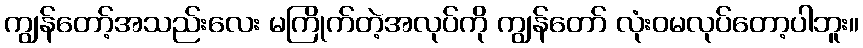
ကျွန်တော့်အသည်းလေး မကြိုက်တဲ့အလုပ်ကို ကျွန်တော် လုံးဝမလုပ်တော့ပါဘူး။